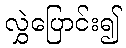
လွှဲပြောင်း၍